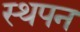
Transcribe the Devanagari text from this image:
स्थपन